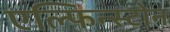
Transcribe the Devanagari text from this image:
एल्फिन्स्टोन